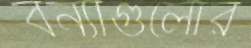
বন্যাগুলোর